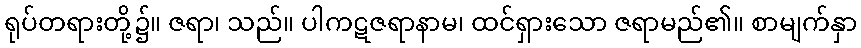
ရုပ်တရားတို့၌။ ဇရာ၊ သည်။ ပါကဋဇရာနာမ၊ ထင်ရှားသော ဇရာမည်၏။ စာမျက်နှာ